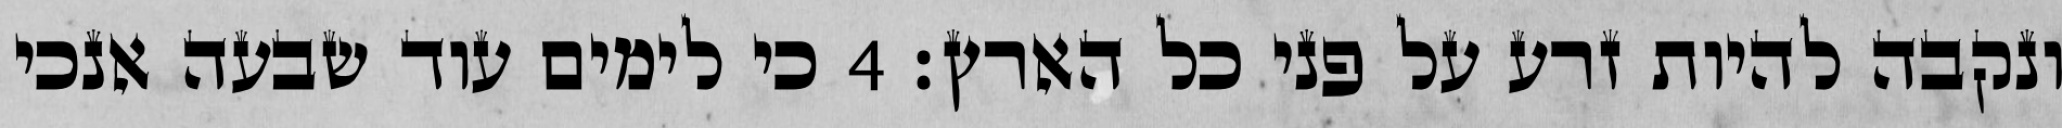
ונקבה להיות זרע על פני כל הארץ׃ ‎4‏ כי לימים עוד שבעה אנכי